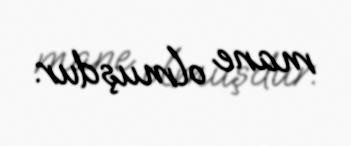
mane olmuşdur.